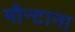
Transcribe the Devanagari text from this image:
मौन्टाना